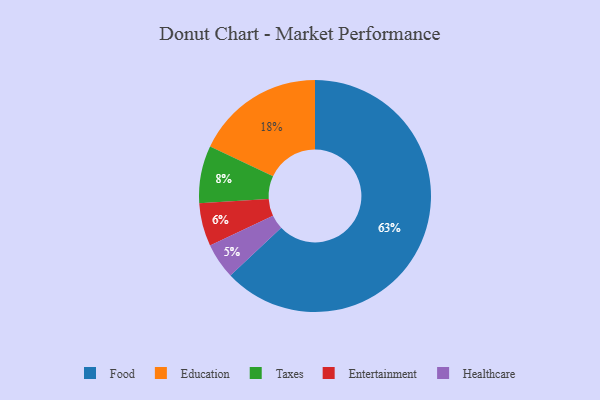
{"axis": {"x": "Category", "y": "Percentage"}, "legend": ["Education", "Entertainment", "Food", "Healthcare", "Taxes"], "data": [{"x": "Healthcare", "y": 5, "type": "Healthcare"}, {"x": "Taxes", "y": 8, "type": "Taxes"}, {"x": "Food", "y": 63, "type": "Food"}, {"x": "Education", "y": 18, "type": "Education"}, {"x": "Entertainment", "y": 6, "type": "Entertainment"}]}